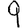
Digit: 9